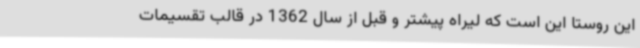
این روستا این است که لیراه پیشتر و قبل از سال 1362 در قالب تقسیمات